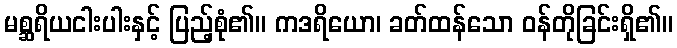
မစ္ဆရိယငါးပါးနှင့် ပြည့်စုံ၏။ ကဒရိယော၊ ခတ်ထန်သော ဝန်တိုခြင်းရှိ၏။